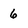
Character: 6